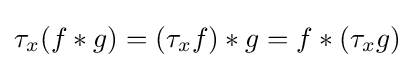
\tau _{x}(f*g)=(\tau _{x}f)*g=f*(\tau _{x}g)